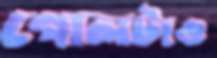
গোলটাও